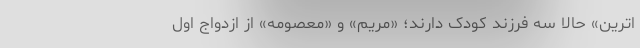
اترین» حالا سه فرزند کودک دارند؛ «مریم» و «معصومه» از ازدواج اولِ